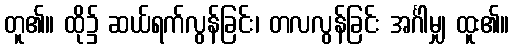
တူ၏။ ထို၌ ဆယ်ရက်လွန်ခြင်း၊ တလလွန်ခြင်း အင်္ဂါမျှ ထူး၏။